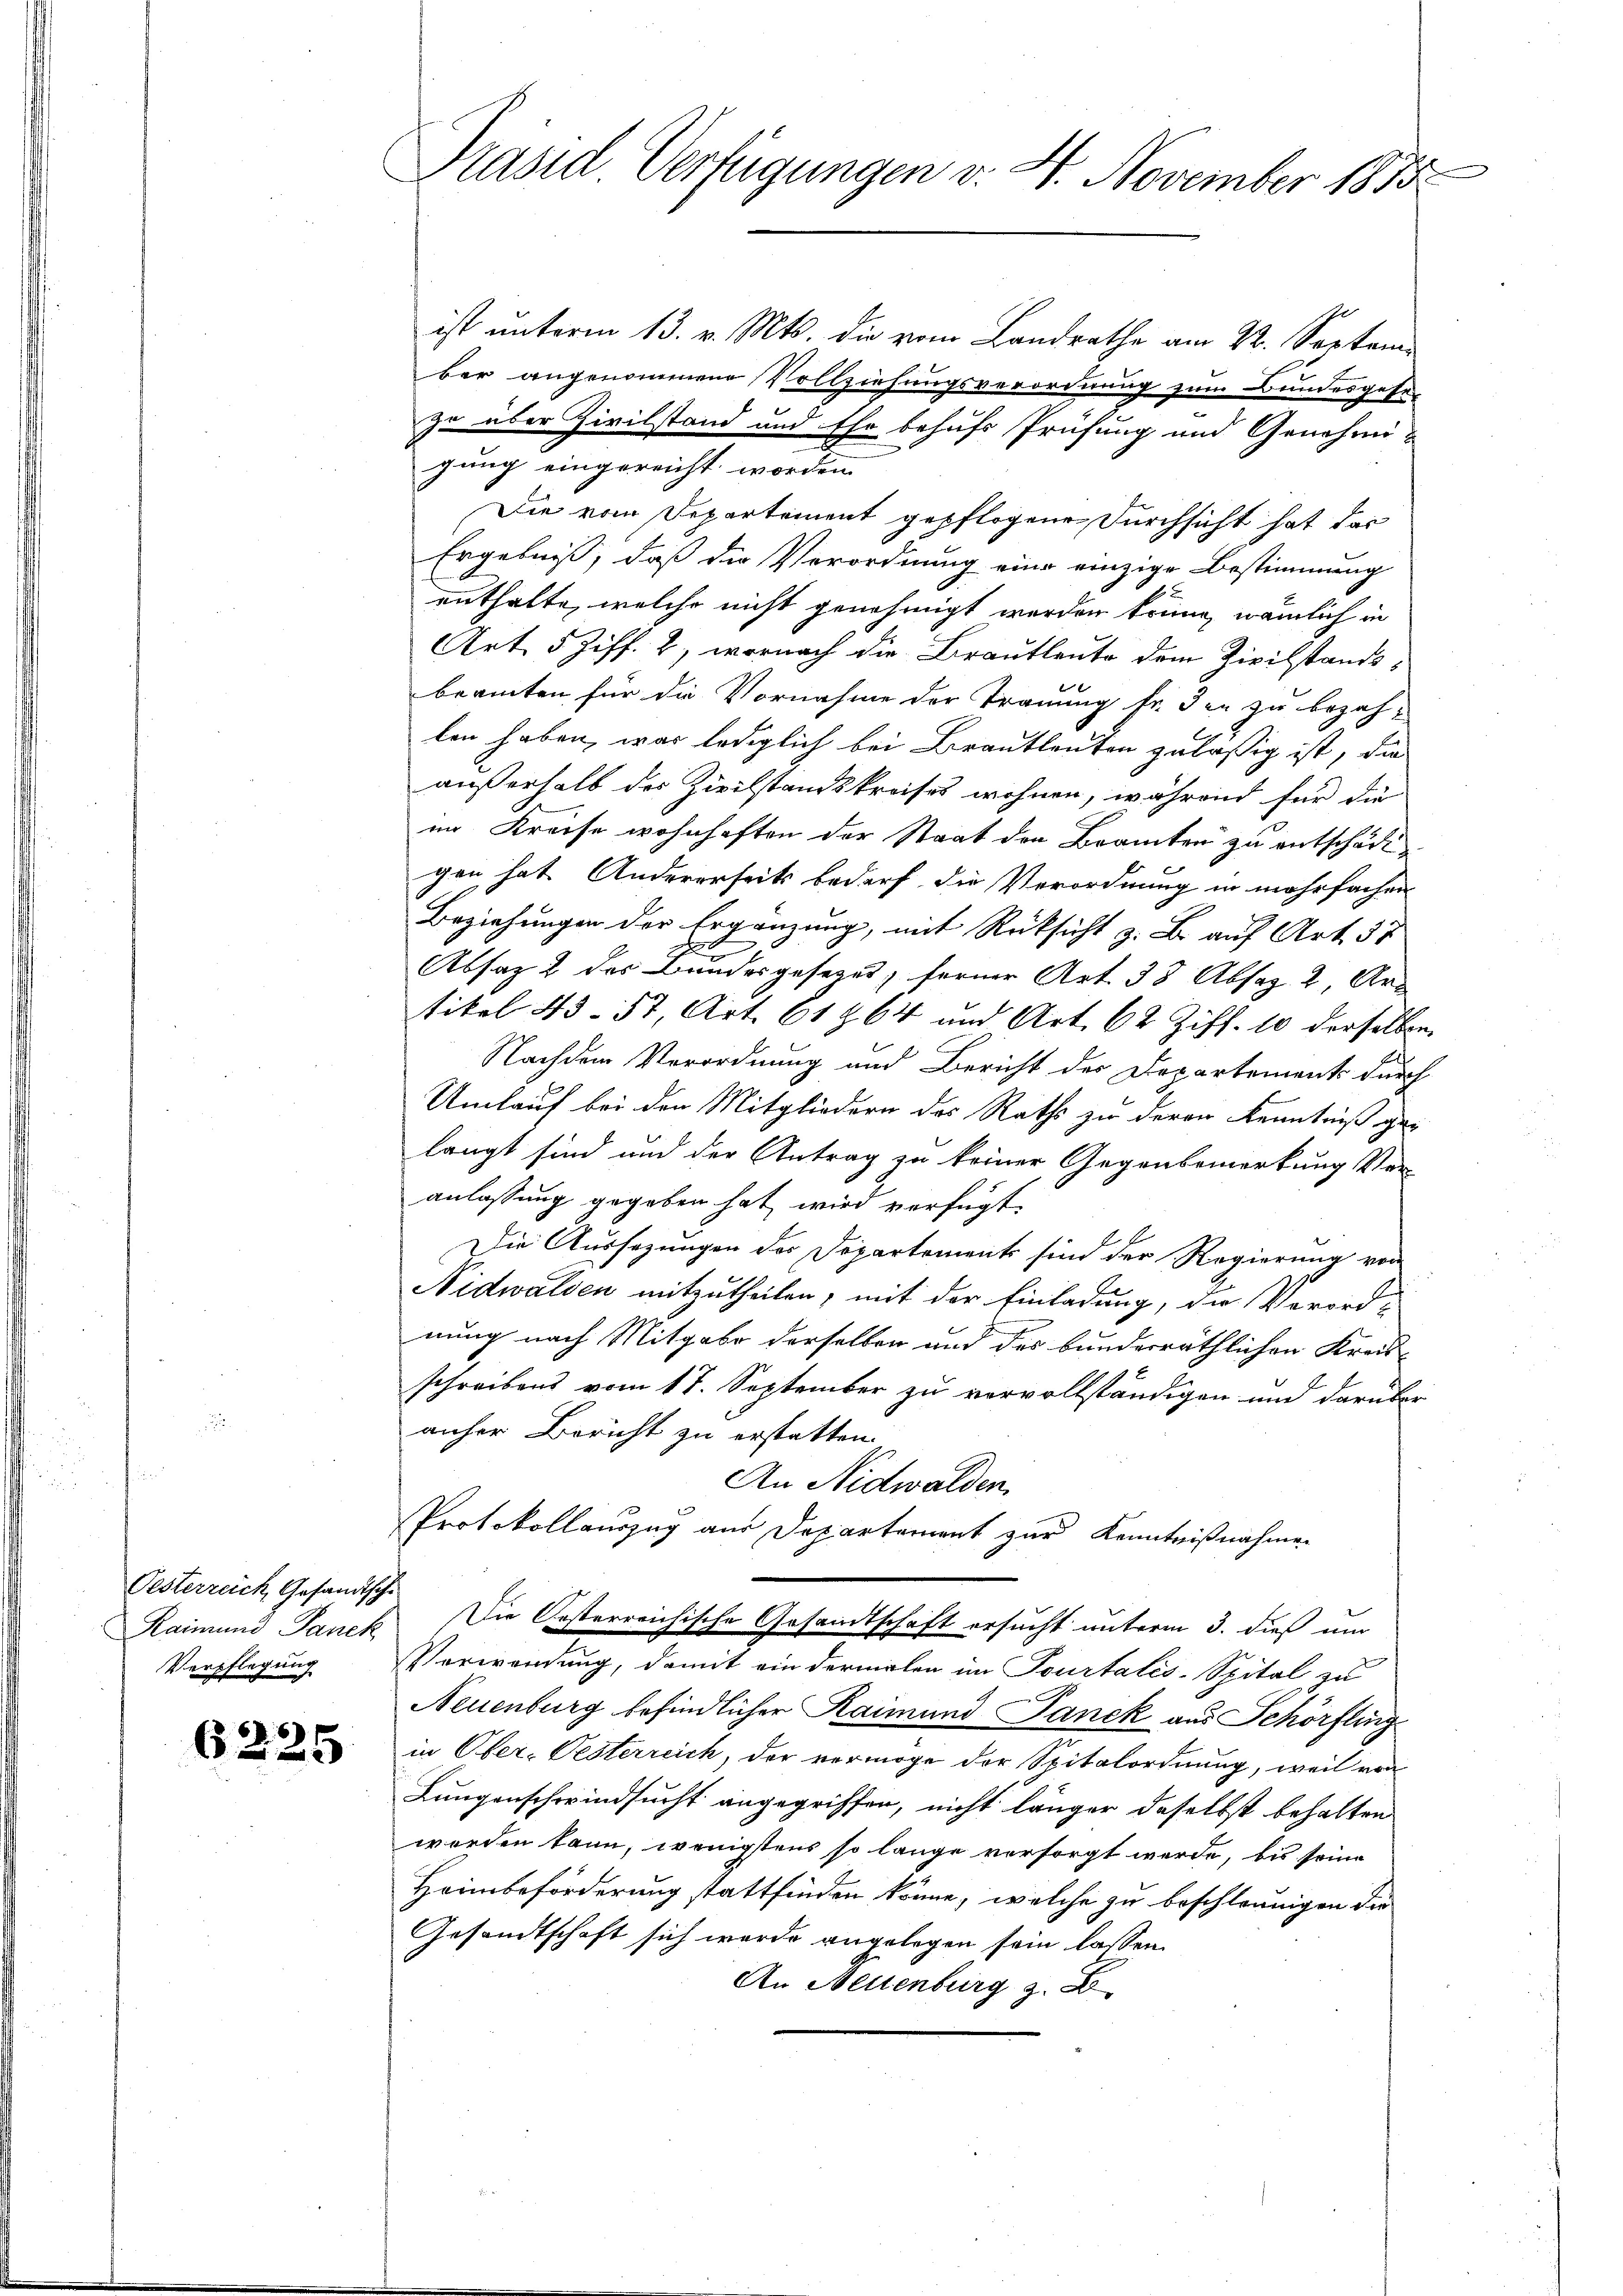
Oesterreich, Gesandtsche
Verpflegung

6225

Präsid. Verfügungen v. 4. November 1875

ist unterm 13. v. Mts. die vom Landrathe am 22. Septem-
ber angenommene Vollziehungsverordnung zum Bundesgese
zu über Zivilstand und Ehe behufs Prüfung und Genehmigung eingereicht worden.
Die vom Departement gepflogene Durchsicht hat das
Ergebniß, daß die Verordnung eine einzige Bestimmung
euthalte, welche nicht genehmigt worden könne, nämlich in
Art. 5 Ziff. 2, wornach die Brautleute dem Zivilstandsbeamten für die Vornahme der Trauung fr. den zu bezahlen haben, was lediglich bei Brautleuten zuläßig ist, die
außerhalb der Zivilstandskreises wohnen, während für die
im Kreise wohnhaften der Staat den Branten zu entschädigen hat Andererseits bedarf die Verordnung in mehrfachen
Beziehungen der Ergänzung, mit Rücksicht z. B. auf Art. 37
Absatz 2 des Bundesgesetzes, ferner Art. 38 Absaz 2, Artikel 43. 57, Art. 61864 und Art. 62 Ziff. 10 derselben
Nachdem Verordnung und Bericht der Departement durch
Umlauf bei den Mitgliedern des Raths zu deren Kenntniß gelangt sind und der Antrag zu keiner Gegenbemerkung Ver-
anlassung gegeben hat wird verfügt
Die Aussezungen der Departements sind der Regierung von
Nidwalden mitzutheilen, mit der Einladung, die Verord-
nung nach Mitgabe derselben und des bunderräthlichen Kreis-
schreibens vom 17. September zu vervollständigen und darüber
anher Bericht zu erstatten.
An Nidwalden.
Protokollauszug aus Departement zur Kenntnißnahmen
Kaimund Panck. Die Oesterreichische Gesandtschaft ersucht unterm 3. dieß um
Verwendung, damit ein dermalen im Tourtalis-Spital zu
Neuenburg befindlicher Raimund Janek aus Schörfling
in Ober-Oesterreich, der vermöge der Spitalordnung, weil von
Lungenschwindsucht angegriffen, nicht länger daselbst behalten
worden kann, wenigstens so lange versorgt werde, bis seine
Heimbeförderung stattfinden könne, welche zu beschleunigen die
Gesandtschaft sich wurde angelegen sein lassen.
An Neuenburg z. B.